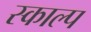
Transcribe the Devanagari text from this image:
स्काल्प